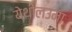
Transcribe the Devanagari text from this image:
येथीलउमा